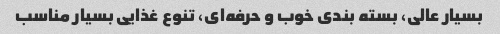
بسیار عالی، بسته بندی خوب و حرفه‌ای، تنوع غذایی بسیار مناسب